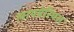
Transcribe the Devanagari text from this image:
लायबेरियस